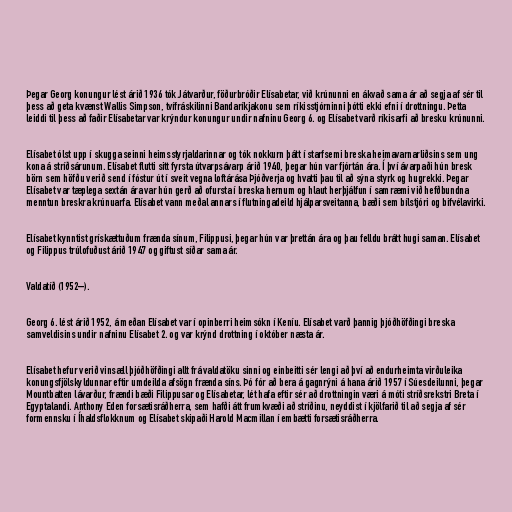
Þegar Georg konungur lést árið 1936 tók Játvarður, föðurbróðir Elísabetar, við krúnunni en ákvað sama ár að segja af sér til
þess að geta kvænst Wallis Simpson, tvífráskilinni Bandaríkjakonu sem ríkisstjórninni þótti ekki efni í drottningu. Þetta
leiddi til þess að faðir Elísabetar var krýndur konungur undir nafninu Georg 6. og Elísabet varð ríkisarfi að bresku krúnunni.

Elísabet ólst upp í skugga seinni heimsstyrjaldarinnar og tók nokkurn þátt í starfsemi breska heimavarnarliðsins sem ung
kona á stríðsárunum. Elísabet flutti sitt fyrsta útvarpsávarp árið 1940, þegar hún var fjórtán ára. Í því ávarpaði hún bresk
börn sem höfðu verið send í fóstur út í sveit vegna loftárása Þjóðverja og hvatti þau til að sýna styrk og hugrekki. Þegar
Elísabet var tæplega sextán ára var hún gerð að ofursta í breska hernum og hlaut herþjálfun í samræmi við hefðbundna
menntun breskra krúnuarfa. Elísabet vann meðal annars í flutningadeild hjálparsveitanna, bæði sem bílstjóri og bifvélavirki.

Elísabet kynntist grískættuðum frænda sínum, Filippusi, þegar hún var þrettán ára og þau felldu brátt hugi saman. Elísabet
og Filippus trúlofuðust árið 1947 og giftust síðar sama ár.

Valdatíð (1952–).

Georg 6. lést árið 1952, á meðan Elísabet var í opinberri heimsókn í Keníu. Elísabet varð þannig þjóðhöfðingi breska
samveldisins undir nafninu Elísabet 2. og var krýnd drottning í október næsta ár.

Elísabet hefur verið vinsæll þjóðhöfðingi allt frá valdatöku sinni og einbeitti sér lengi að því að endurheimta virðuleika
konungsfjölskyldunnar eftir umdeilda afsögn frænda síns. Þó fór að bera á gagnrýni á hana árið 1957 í Súesdeilunni, þegar
Mountbatten lávarður, frændi bæði Filippusar og Elísabetar, lét hafa eftir sér að drottningin væri á móti stríðsrekstri Breta í
Egyptalandi. Anthony Eden forsætisráðherra, sem hafði átt frumkvæði að stríðinu, neyddist í kjölfarið til að segja af sér
formennsku í Íhaldsflokknum og Elísabet skipaði Harold Macmillan í embætti forsætisráðherra.